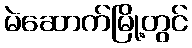
မဲဆောက်မြို့တွင်